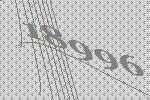
18996